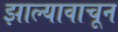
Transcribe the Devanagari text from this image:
झाल्यावाचून